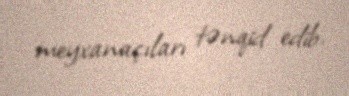
meyxanaçıları tənqid edib.